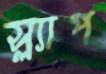
স্ল্যাপ